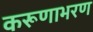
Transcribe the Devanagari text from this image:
करूणाभरण